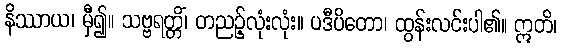
နိဿာယ၊ မှီ၍။ သဗ္ဗရတ္တိံ၊ တညဉ့်လုံးလုံး။ ပဒီပိတော၊ ထွန်းလင်းပါ၏။ ဣတိ၊